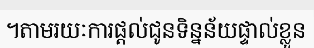
។តាមរយៈការផ្តល់ជូនទិន្នន័យផ្ទាល់ខ្លួន